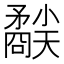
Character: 𥎜